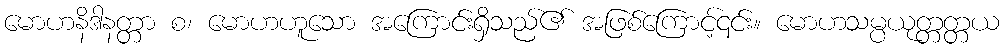
မောဟနိဒါနတ္တာ စ၊ မောဟဟူသော အကြောင်းရှိသည်၏ အဖြစ်ကြောင့်၎င်း။ မောဟသမ္ပယုတ္တတ္တယ